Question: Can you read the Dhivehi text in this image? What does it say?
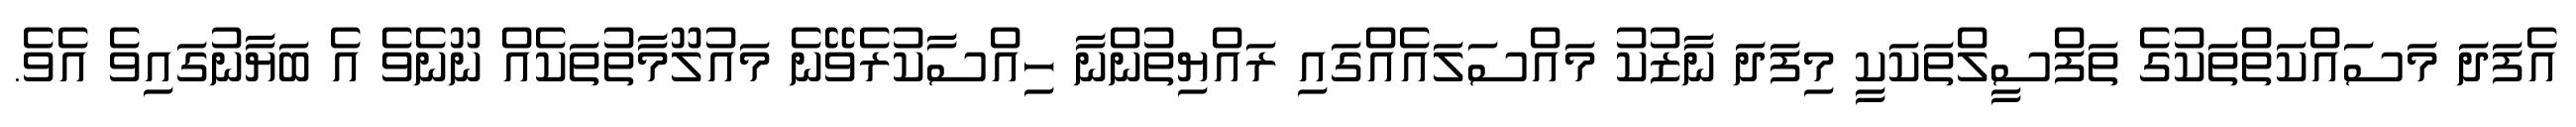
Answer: އެފަދަ މަސައްކަތްތަކުގެ ތަފްސީލްތަކަކީ މިފަދަ ނާޒުކު މައްސަލައެއްގައި ރައްޔިތުންނާ ހިއްސާކުރެވޭނެ މައުލޫމާތުތަކެއް ނޫނެވެ އެ ބަޔާނުގައިވެ އެވެ.